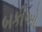
બકીઓ